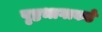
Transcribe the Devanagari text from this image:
पृष्ठभागाकडे